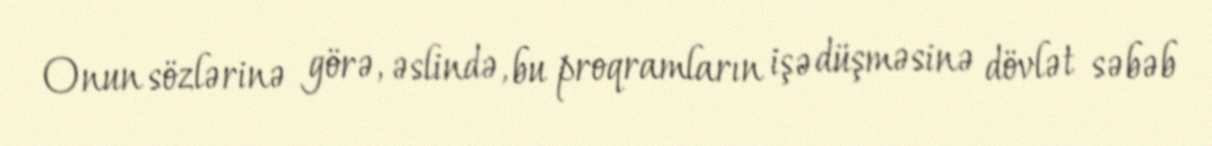
Onun sözlərinə görə, əslində, bu proqramların işə düşməsinə dövlət səbəb